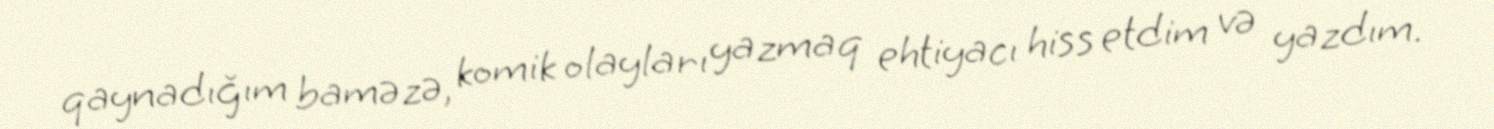
qaynadığım baməzə, komik olayları yazmaq ehtiyacı hiss etdim və yazdım.